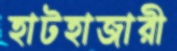
হাটহাজারী